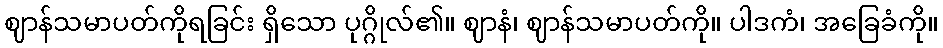
ဈာန်သမာပတ်ကိုရခြင်း ရှိသော ပုဂ္ဂိုလ်၏။ ဈာနံ၊ ဈာန်သမာပတ်ကို။ ပါဒကံ၊ အခြေခံကို။